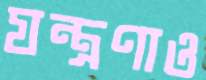
যন্ত্রণাও